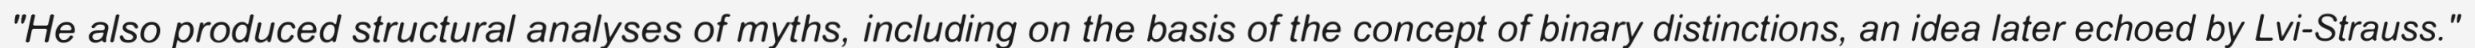
"He also produced structural analyses of myths, including on the basis of the concept of binary distinctions, an idea later echoed by Lvi-Strauss."